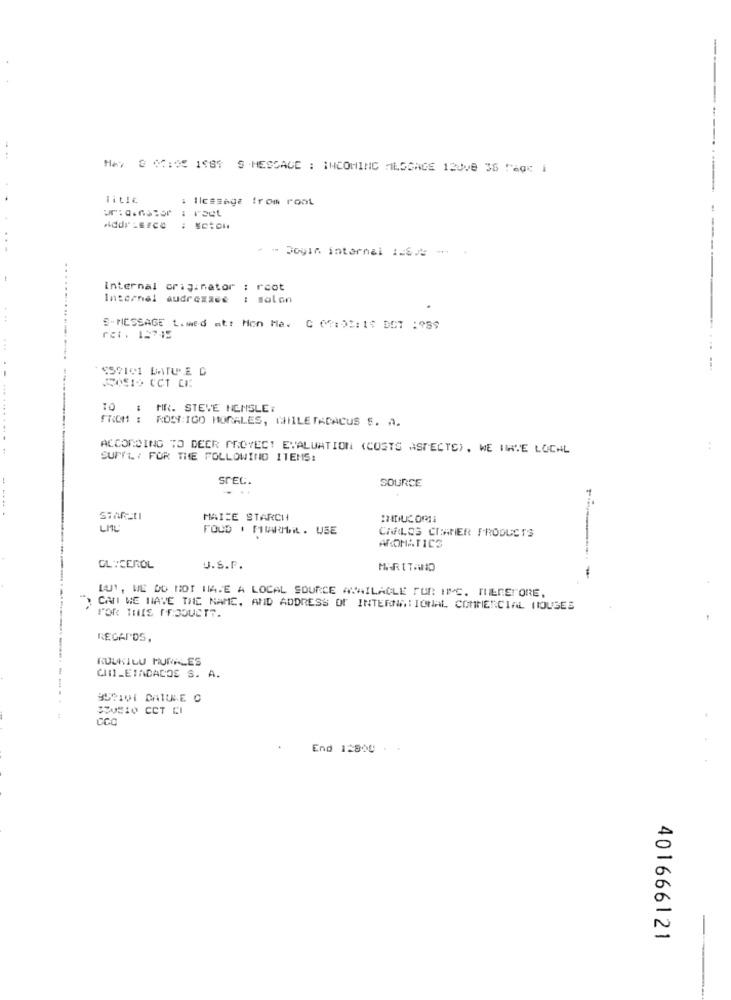
-
.. ..
HAY @ 00:05 1981 9 HESSAGE : INCOMING MILOGAGE 123ve 36 Tage i
litle
: Ilc#sage trom root
AddrLsrce : setol
...
" Dogin internal 1.6/2 -
-
...
Internal originator : root
Internel audrozase : molon
S-MESSAGE t.med at: Mon Ma. C (4:52: 1$ DCT :989
rat. 15745
$59101 MATURE D
.-
10 : MR. STEVE NENSLET
FROM : ROS:IGO MORALES, CHILETADACUS S. A.
ACCORDING TO DEER PROYEC! EVALUATION (COSTS ASPECTS) , WE HAVE LOCAL
..
SUPTL. : FOR THE FOLLOWING ITEMS:
SrEL.
SOURCE
---
MAIZE STARCH
INDUCOME
LIL
FOOD . MAIUTIL. USE
CARLOS CRAMER PRODUCTS
AROMATICS
GLYCEROL
U.S.P.
MARITAND
LUI, WE DO NOT HAVE A LOCAL SOURCE AVAILABLE FUR INC. MERSTORE.
CAN WE HAVE THE NAME, AND ADDRESS OF INTERNATIONAL COMMERCIAL HOUSES
REGARDS,
------
RUUKILU MURALES
CHI_ETACACOS S. A.
SOUSIO CCT CI
CCC
End 12800 ..
401666121